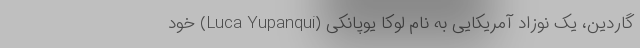
گاردین، یک نوزاد آمریکایی به نام لوکا یوپانکی (Luca Yupanqui) خود